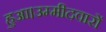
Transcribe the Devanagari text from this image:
हुआ।उम्मीदवारों